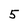
Character: 5